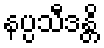
နပ္ပသီဒန္တိ